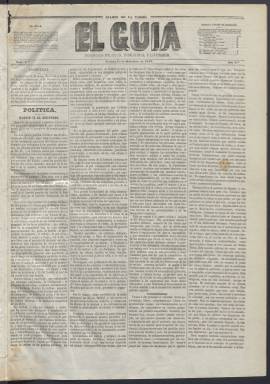
Título: El Guía (Madrid. 1848)
Colección: Periódicos anteriores a 1850
Ámbito geográfico: Madrid
Lugar de publicación: Madrid
Fechas: 15/12/1848-22/03/1849